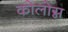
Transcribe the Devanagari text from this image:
कोलोग्न